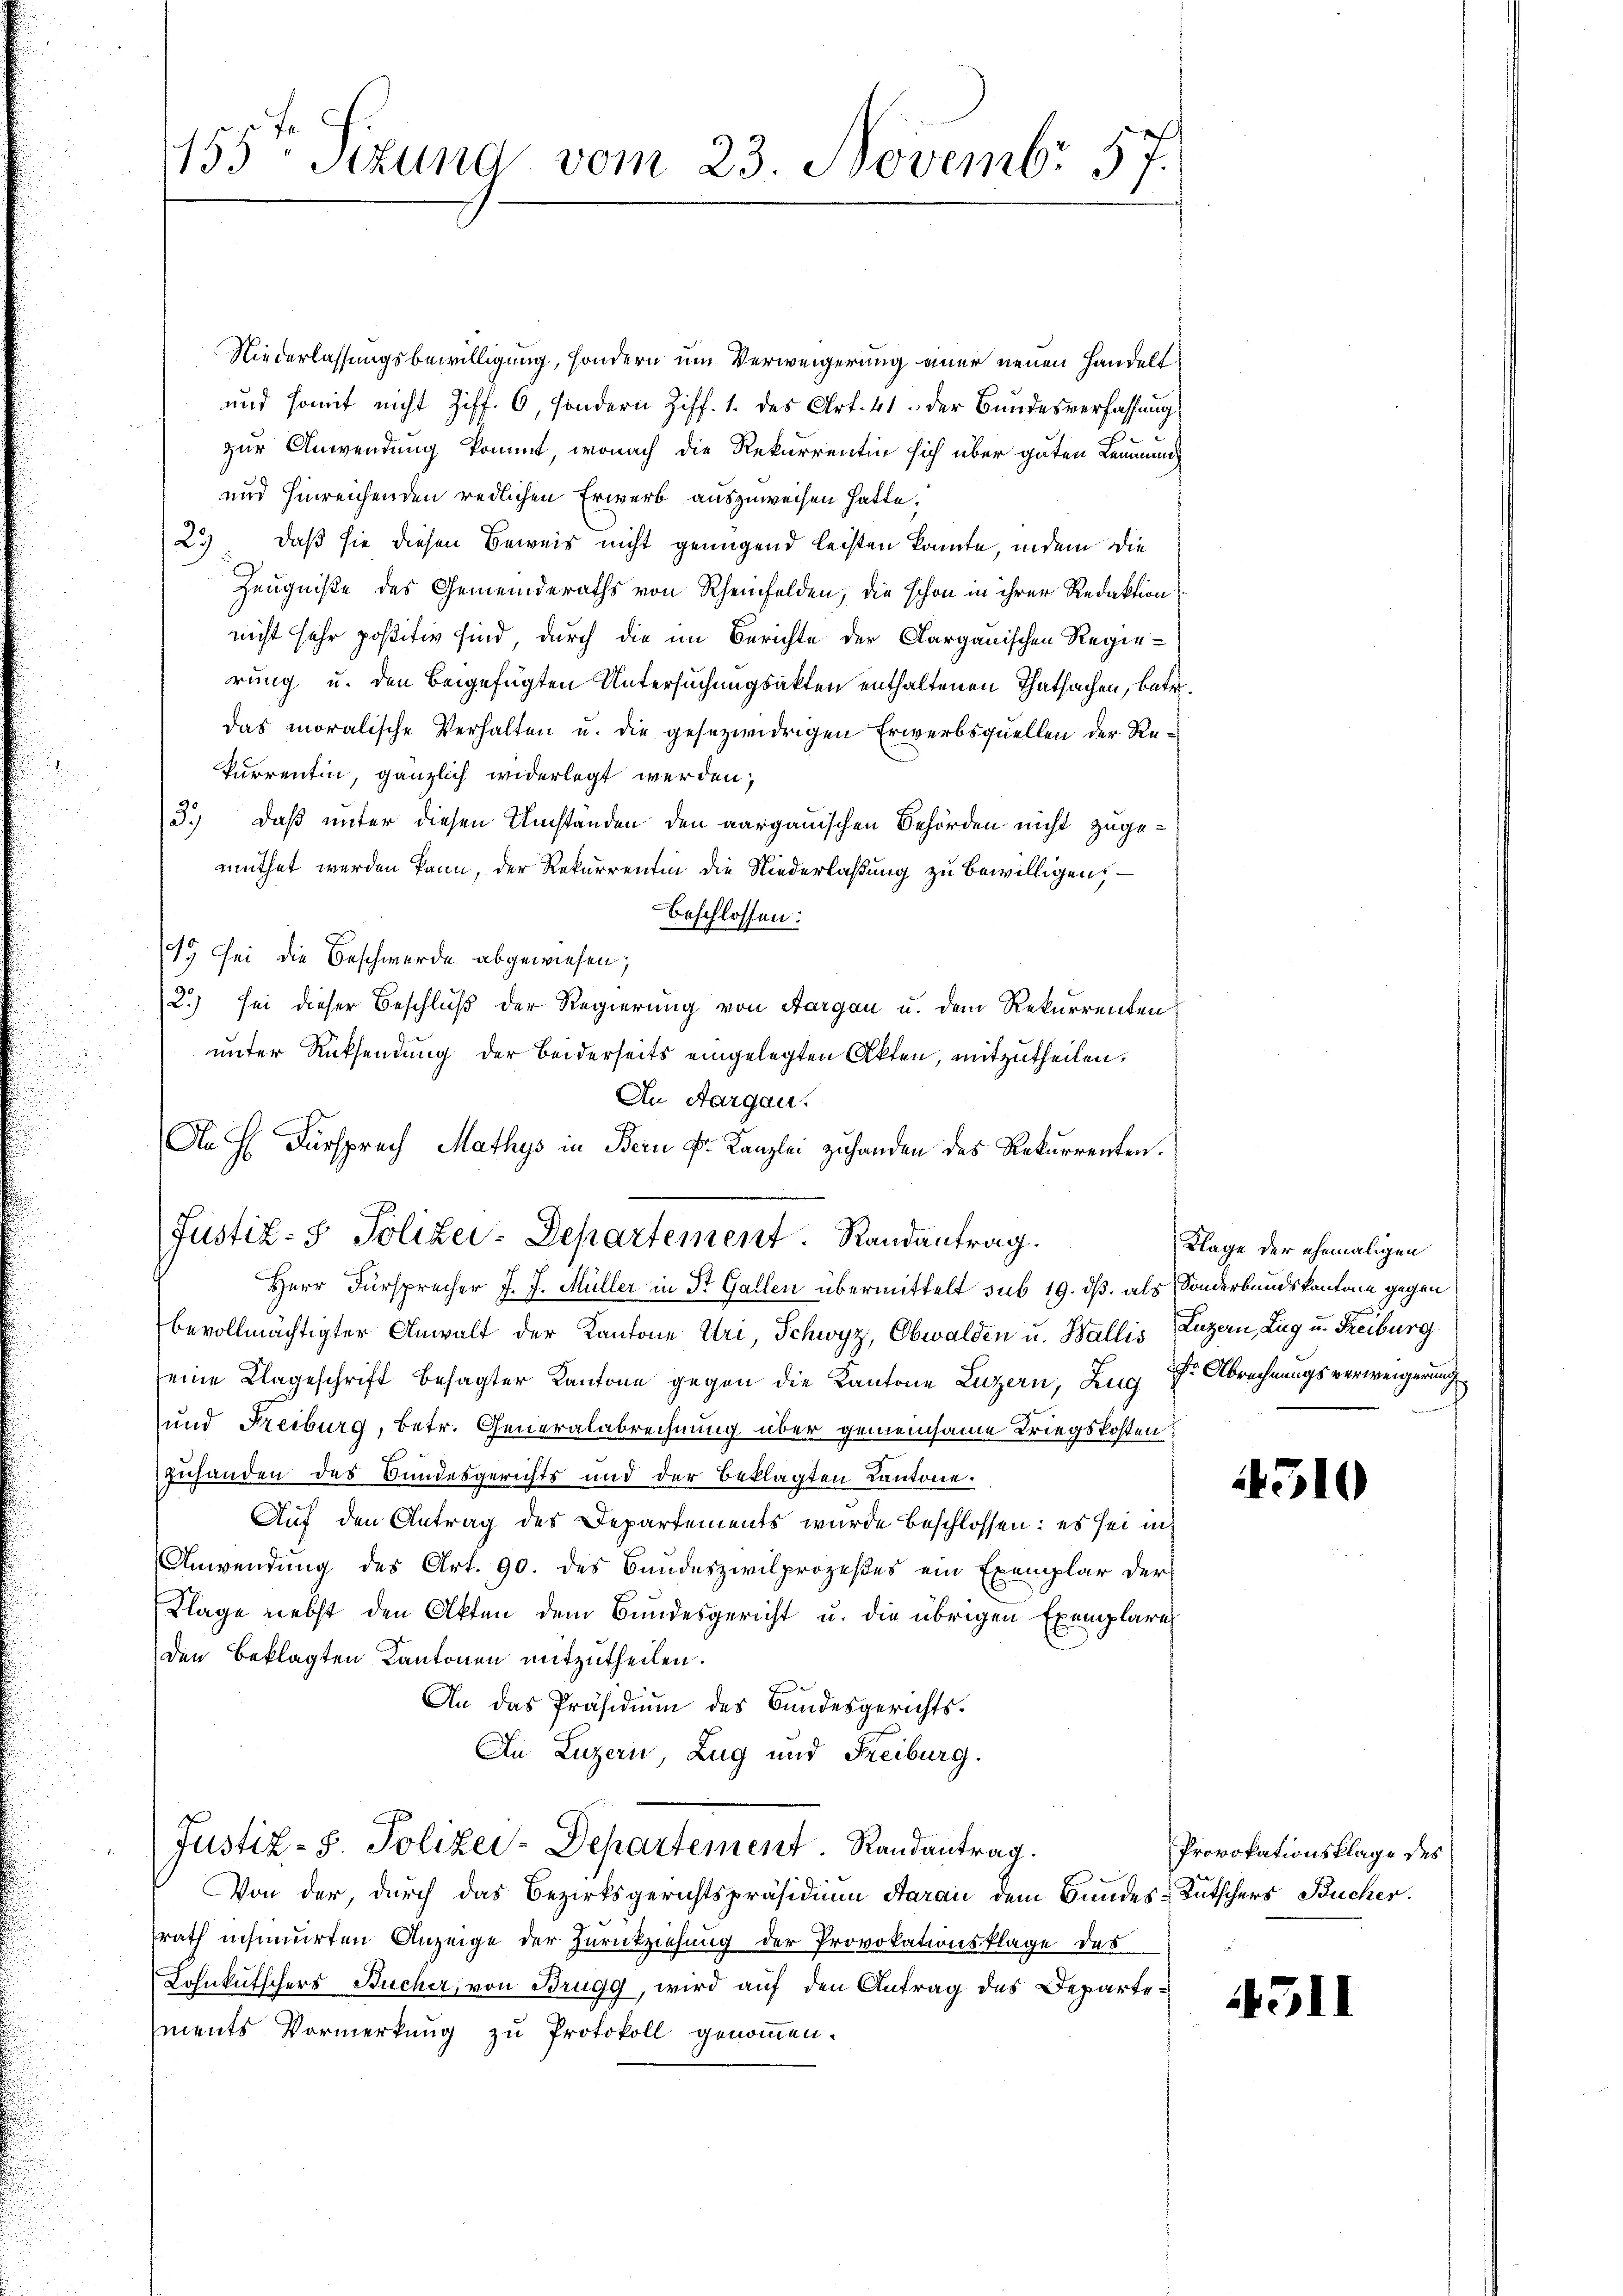
155ten Sizung vom 23. Novembr 57.

Niederlassungsbewilligung, sondern um Verweigerung einer neuen Handelt
und somit nicht Ziff. 6, sondern Ziff. 1. des Art. 41 der Bundesverfassung
zur Anwendung kommt, wonach die Rekurrentin sich über guten Leumund
und hinreichenden redlichen Erwerb auszuweisen hatte.
25) daß sie diesen Beweis nicht genügend leisten konnte, indem die
Zeugniße des Gemeinderaths von Rheinfelden, die schon in ihrer Redaktion
nicht sehr positiv sind, durch die im Berichte der Aargauischen Regierung u. den beigefügten Untersuchungsakten enthaltenen Thatsachen, betr.
das moralische Verhalten u. die gesezwidrigen Erwerbsquellen der Rekurrentin, gänzlich widerlegt werden;
3.) Daß unter diesen Umständen den aargauischen Behörden nicht zugemuthet werden kann, der Rekurrentin die Niederlaßung zu bewilligen, –
beschlossen:
19 sei die Beschwerde abgewiesen;
2.) sei dieser Beschluß der Regierung von Aargau u. dem Rekurrenten
unter Rücksendung der Beiderseits eingelegten Akten, mitzutheilen.
An Aargau.
Ie H. Fürsprech Mathys in Bern Fr. Kanzlei zuhanden des Rekurrenten.
Herr Fürsprecher J. J. Müller in St. Gallen übermittelt sub 19. ds. als Sonderbundskantone gegen
bevollmächtigter Anwalt der Kantone Uri, Schwyz, Obwalden u. Wallis, Luzern, Zug u. Freiburg
seine Klageschrift besagter Kantone gegen die Kantone Luzern, Zug Dr. Abrechnungsverweigerung
und Freiburg, betr. Generalabrechnung über gemeinsame Kriegskosten
zuhanden des Bundesgerichts und der Beklagten Kantone.
Auf den Antrag des Departements wurde beschlossen: es sei in
Anwendung des Art. 90. des Bundeszivilprozeßes ein Exemplar der
Klage nebst den Akten dem Bundesgericht u. die übrigen Exemplare
den Beklagten Kantonen mitzutheilen.
An das Präsidiŭm des Bundesgerichts-
An Luzern, Zug und Freiburg.
Justiz-S. Polizei-Departement Randantrag.
Von der, durch das Bezirksgerichtspräsidium Saran dem Bundes-Kutschers Bucher.
rath nehmuirten Anzeige der Zurückziehung der Provokationsklage des
Lohnkutschers Bucher, von Brugg, wird auf den Antrag des Departements Vormerkung zu Protokoll genommen.

Justiz- & Polizei-Departement. Randantrag.

Klage der ehemaligen

4310

Provokationsklage des

4511